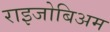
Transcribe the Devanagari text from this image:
राइजोबिअम